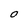
Character: O